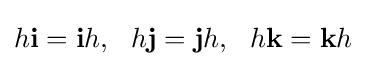
h\mathbf {i} =\mathbf {i} h,\ \ h\mathbf {j} =\mathbf {j} h,\ \ h\mathbf {k} =\mathbf {k} h